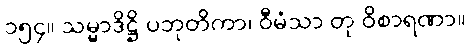
၁၅၄။ သမ္မာဒိဋ္ဌိ ပဘုတိကာ၊ ဝီမံသာ တု ဝိစာရဏာ။